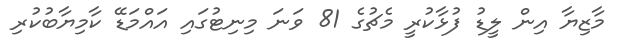
މާޒިޔާ އިން ލީޑު ފުޅާކުރީ މެޗުގެ 81 ވަނަ މިނިޓުގައި އައްމަޑޭ ކާމިޔާބުކުރި